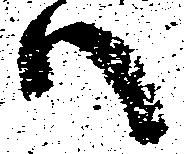
ハ